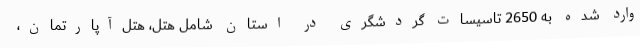
وارد شده به 2650 تاسیسات گردشگری در استان شامل هتل، هتل‌آپارتمان،